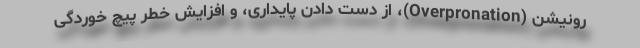
رونیشن (Overpronation)، از دست دادن پایداری، و افزایش خطر پیچ خوردگی